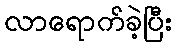
လာရောက်ခဲ့ပြီး